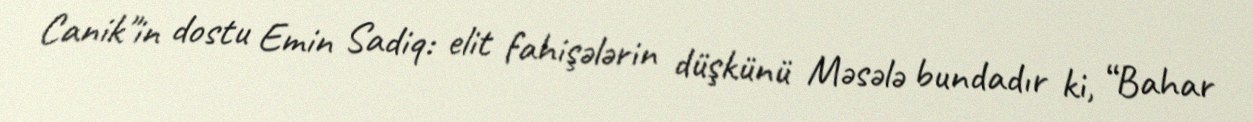
Canik"in dostu Emin Sadiq: elit fahişələrin düşkünü Məsələ bundadır ki, “Bahar